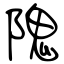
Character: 隗